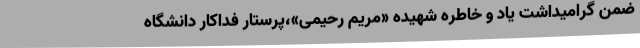
ضمن گرامیداشت یاد و خاطره شهیده «مریم رحیمی»،پرستار فداکار دانشگاه